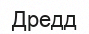
Дредд